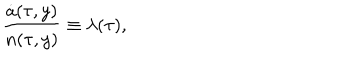
LaTeX: \frac { \dot { a } ( \tau , y ) } { n ( \tau , y ) } \equiv \lambda ( \tau ) ,